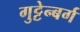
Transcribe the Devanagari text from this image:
गुट्टेन्बर्ग